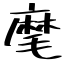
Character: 麾